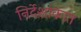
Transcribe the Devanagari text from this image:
निर्देशांकात